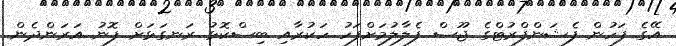
އޭގެ ފަހުން ފެޝަންފްރުޓްގެ ޖޫސް ފެލާލުމަށްފަހު ހަކުރާއި ބިސްކޮޅު ރަނގަޅަށް ފޮނު އަރަންދެން